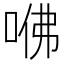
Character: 𠲽